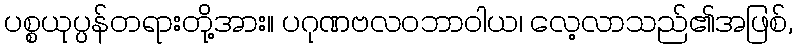
ပစ္စယုပ္ပန်တရားတို့အား။ ပဂုဏဗလဝဘာဝါယ၊ လေ့လာသည်၏အဖြစ်,